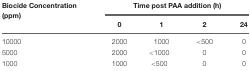
| Biocide Concentration (ppm) | <COLSPAN=4> Time post PAA addition (h) |
 |  | 0 | 1 | 2 | 24 |
 | --- | --- | --- | --- | --- |
 | 10000 | 2000 | 1000 | <500 | 0 |
 | 5000 | 2000 | <1000 | 0 | 0 |
 | 1000 | 1000 | <500 | 0 | 0 |